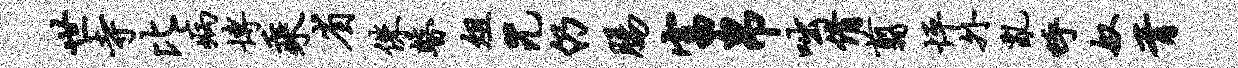
世寺比病博乘省侏瞽俎咒仍肠富帛咄倩翦怦外乱呼奴胥